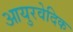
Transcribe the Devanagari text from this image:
आयुरवेदिक